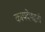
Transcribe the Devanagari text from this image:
कायदेपद्धती